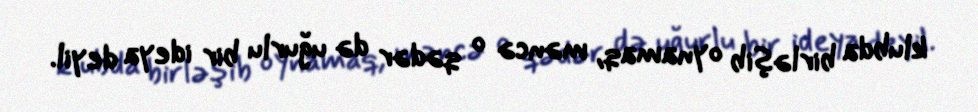
klubda birləşib oynamaq, məncə o qədər də uğurlu bir ideya deyil.